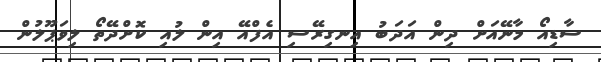
ސާޑިއޯ މާނޭއަށް ދިން އަދަބު އިނގިރޭސި އެފްއޭ އިން ލުއި ކޮށްދޭތޯ ލިވަޕޫލުން